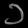
Digit: ၁